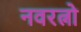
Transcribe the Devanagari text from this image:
नवरत्नो